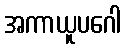
အကာယူပဂေါ